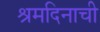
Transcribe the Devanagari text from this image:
श्रमदिनाची